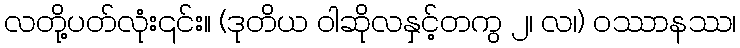
လတို့ပတ်လုံး၎င်း။ (ဒုတိယ ဝါဆိုလနှင့်တကွ ၂၊ လ၊) ဝဿာနဿ၊